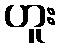
ဟူး